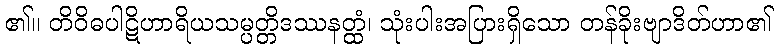
၏။ တိဝိဓပါဋိဟာရိယသမ္ပတ္တိဒဿနတ္ထံ၊ သုံးပါးအပြားရှိသော တန်ခိုးဗျာဒိတ်ဟာ၏